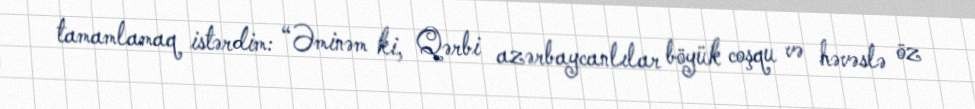
tamamlamaq istərdim: “Əminəm ki, Qərbi azərbaycanlılar böyük coşqu və həvəslə öz